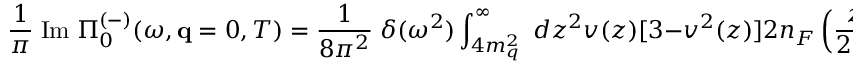
\frac { 1 } { \pi } \; \mathrm { I m } \; \Pi _ { 0 } ^ { ( - ) } ( \omega , { \bf q } = 0 , T ) = \frac { 1 } { 8 \pi ^ { 2 } } \; \delta ( \omega ^ { 2 } ) \int _ { 4 m _ { q } ^ { 2 } } ^ { \infty } \; d z ^ { 2 } v ( z ) [ 3 - v ^ { 2 } ( z ) ] 2 n _ { F } \left( \frac { z } { 2 T } \right) \; ,